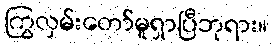
ကြွလှမ်းတော်မူရှာပြီဘုရား။